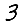
Digit: 3